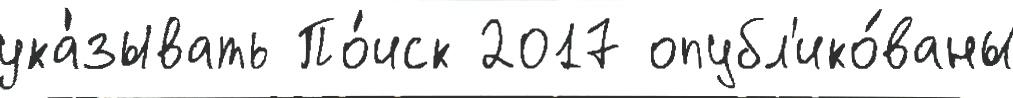
ука́зывать По́иск 2017 опубл'ико́ваны